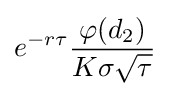
e^{-r\tau }{\frac {\varphi (d_{2})}{K\sigma {\sqrt {\tau }}}}